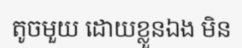
តូចមួយ ដោយខ្លួនឯង មិន